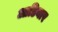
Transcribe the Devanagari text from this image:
आडियार